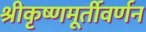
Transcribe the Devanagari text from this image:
श्रीकृष्णमूर्तीवर्णन